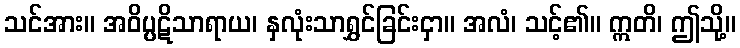
သင်အား။ အဝိပ္ပဋိသာရာယ၊ နှလုံးသာရွှင်ခြင်းငှာ။ အလံ၊ သင့်၏။ ဣတိ၊ ဤသို့။